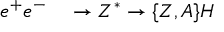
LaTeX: \begin{array} { r l } { { e ^ { + } e ^ { - } } } & { { } { { } \to Z ^ { * } \to \{ Z , A \} H } } \end{array}